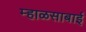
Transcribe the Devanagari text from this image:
म्हाळसाबाई